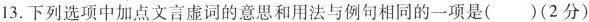
13.下列选项中加点文言虚词的意思和用法与例句相同的一项是( )(2分)